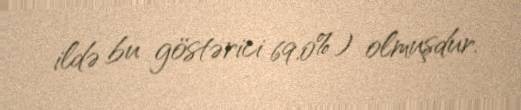
ildə bu göstərici 69.0%) olmuşdur.